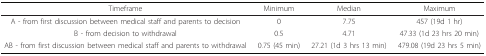
<table><thead><tr><td><b>Timeframe</b></td><td><b>Minimum</b></td><td><b>Median</b></td><td><b>Maximum</b></td></tr></thead><tbody><tr><td>A - from first discussion between medical staff and parents to decision</td><td>0</td><td>7.75</td><td>457 (19d 1 hr)</td></tr><tr><td>B - from decision to withdrawal</td><td>0.5</td><td>4.71</td><td>47.33 (1d 23 hrs 20 min)</td></tr><tr><td>AB - from first discussion between medical staff and parents to withdrawal</td><td>0.75 (45 min)</td><td>27.21 (1d 3 hrs 13 min)</td><td>479.08 (19d 23 hrs 5 min)</td></tr></tbody></table>